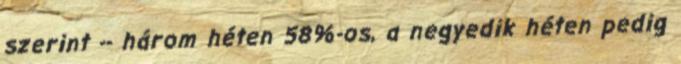
szerint -- három héten 58%-os, a negyedik héten pedig